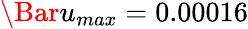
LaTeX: \Bar{u}_{max}=0.00016